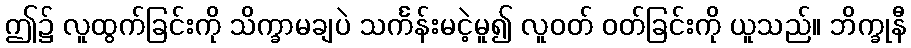
ဤ၌ လူထွက်ခြင်းကို သိက္ခာမချပဲ သင်္ကန်းမငဲ့မူ၍ လူဝတ် ဝတ်ခြင်းကို ယူသည်။ ဘိက္ခုနီ